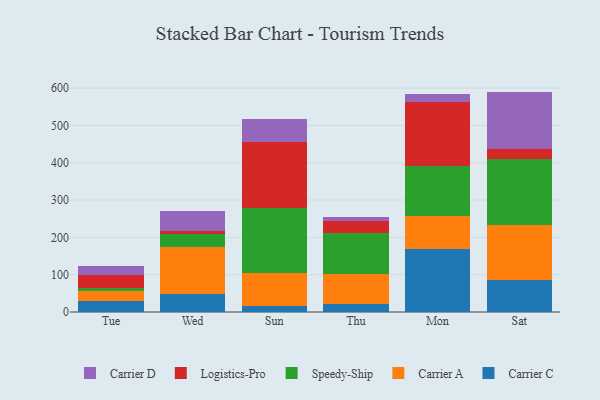
{"axis": {"x": "Day", "y": "Population (Million)"}, "legend": ["Carrier A", "Carrier C", "Carrier D", "Logistics-Pro", "Speedy-Ship"], "data": [{"x": "Tue", "y": 29.0, "type": "Carrier C"}, {"x": "Tue", "y": 27.5, "type": "Carrier A"}, {"x": "Tue", "y": 7.1, "type": "Speedy-Ship"}, {"x": "Tue", "y": 36.7, "type": "Logistics-Pro"}, {"x": "Tue", "y": 22.7, "type": "Carrier D"}, {"x": "Wed", "y": 49.0, "type": "Carrier C"}, {"x": "Wed", "y": 125.7, "type": "Carrier A"}, {"x": "Wed", "y": 34.5, "type": "Speedy-Ship"}, {"x": "Wed", "y": 8.8, "type": "Logistics-Pro"}, {"x": "Wed", "y": 53.6, "type": "Carrier D"}, {"x": "Sun", "y": 15.5, "type": "Carrier C"}, {"x": "Sun", "y": 88.7, "type": "Carrier A"}, {"x": "Sun", "y": 173.7, "type": "Speedy-Ship"}, {"x": "Sun", "y": 177.7, "type": "Logistics-Pro"}, {"x": "Sun", "y": 62.4, "type": "Carrier D"}, {"x": "Thu", "y": 21.3, "type": "Carrier C"}, {"x": "Thu", "y": 79.8, "type": "Carrier A"}, {"x": "Thu", "y": 111.4, "type": "Speedy-Ship"}, {"x": "Thu", "y": 32.4, "type": "Logistics-Pro"}, {"x": "Thu", "y": 9.2, "type": "Carrier D"}, {"x": "Mon", "y": 168.1, "type": "Carrier C"}, {"x": "Mon", "y": 87.9, "type": "Carrier A"}, {"x": "Mon", "y": 134.4, "type": "Speedy-Ship"}, {"x": "Mon", "y": 173.1, "type": "Logistics-Pro"}, {"x": "Mon", "y": 20.6, "type": "Carrier D"}, {"x": "Sat", "y": 85.3, "type": "Carrier C"}, {"x": "Sat", "y": 148.0, "type": "Carrier A"}, {"x": "Sat", "y": 175.9, "type": "Speedy-Ship"}, {"x": "Sat", "y": 26.7, "type": "Logistics-Pro"}, {"x": "Sat", "y": 154.7, "type": "Carrier D"}]}